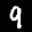
Label: 9